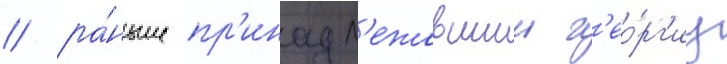
/ ра́ньше пр'инадл'ежавшии г'ео́рг'иу